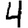
Digit: 4